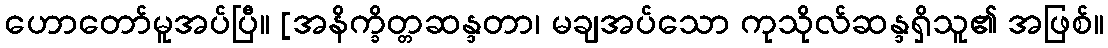
ဟောတော်မူအပ်ပြီ။ [အနိက္ခိတ္တဆန္ဒတာ၊ မချအပ်သော ကုသိုလ်ဆန္ဒရှိသူ၏ အဖြစ်။